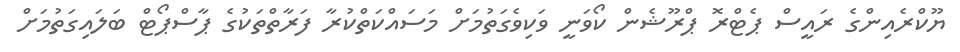
ޔޫކްރެއިންގެ ރައީސް ޕެޓްރޮ ޕްރޫޝެން ކޯވަނީ ވަކިވެގަތުމަށް މަސައްކަތްކުރާ ފަރާތްތަކުގެ ޕާސްޕޯޓް ބަލައިގަތުމަށް